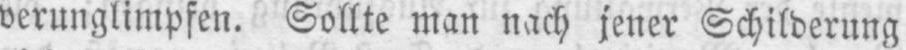
verunglimpfen. Sollte man nach jener Schilderung